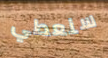
سنعطي